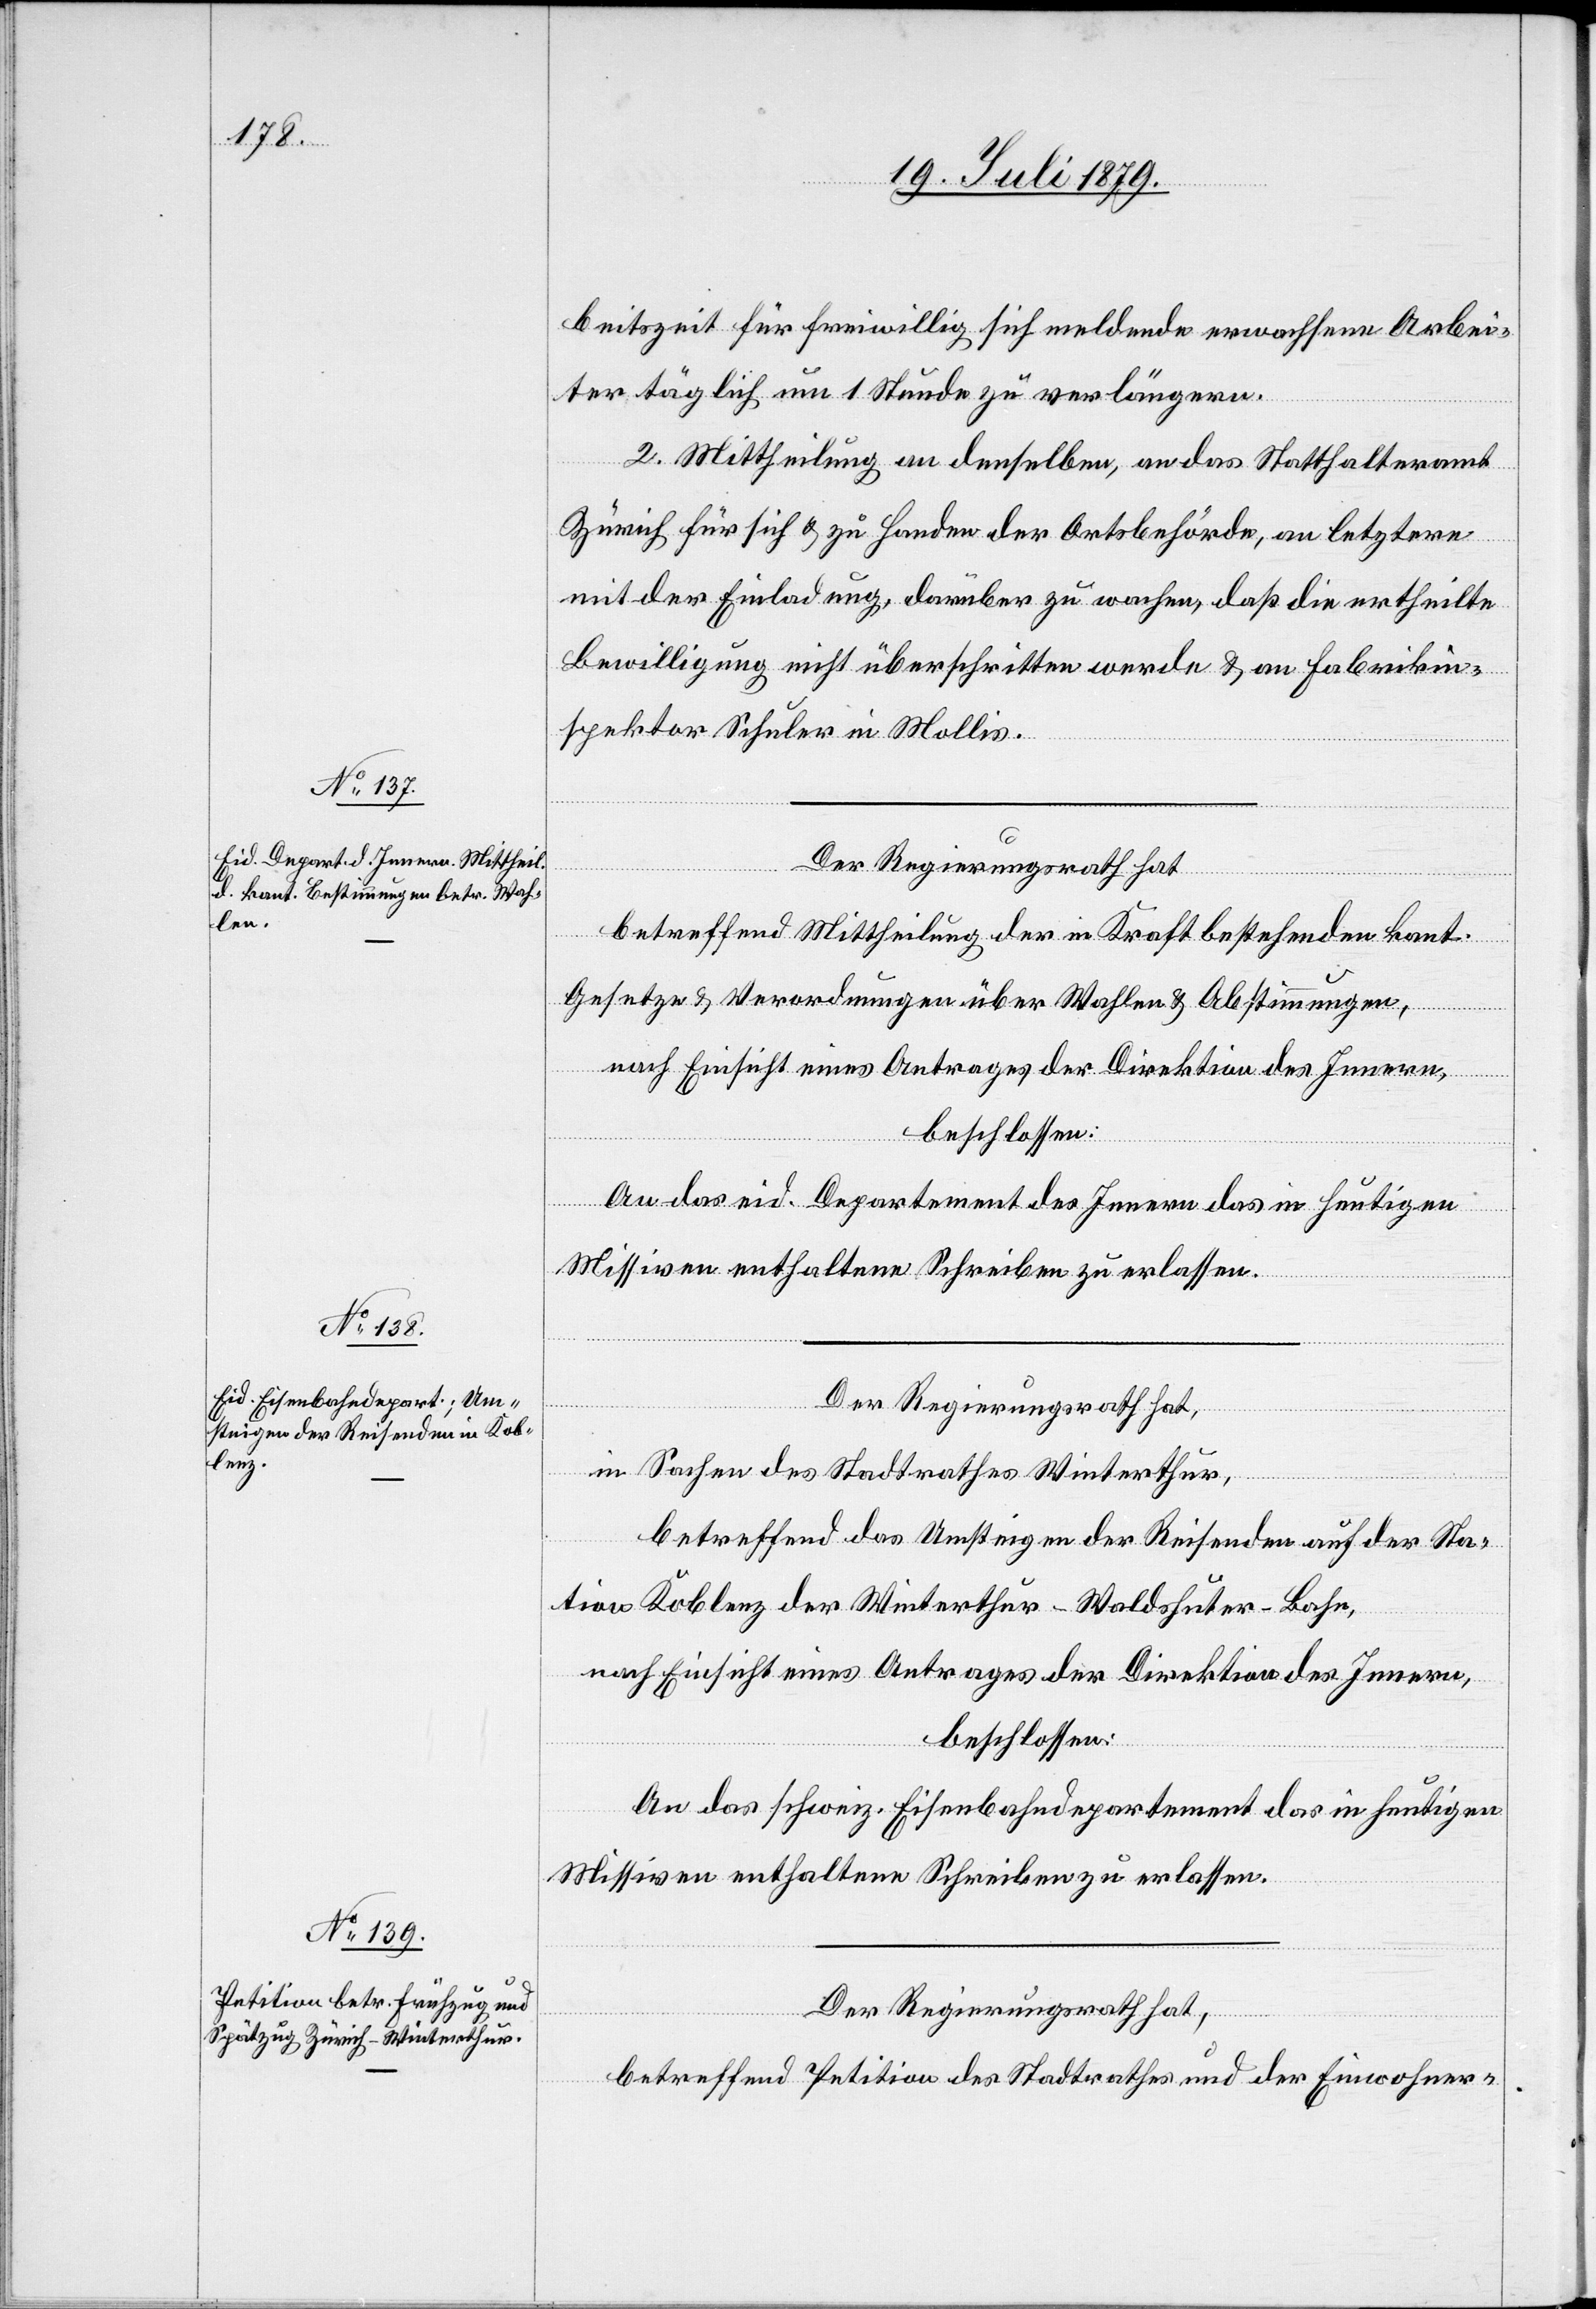
beitszeit für freiwillig sich meldende erwachsene Arbei¬
ter täglich um 1 Stunde zu verlängern.
2. Mittheilung an denselben, an das Statthalteramt
Zürich für sich & zu Handen der Ortsbehörde, an letztere
mit der Einladung, darüber zu wachen, daß die ertheilte
Bewilligung nicht überschritten werde & an Fabrikin¬
spektor Schuler in Mollis.
Der Regierungsrath hat[,]
betreffend Mittheilung der in Kraft bestehenden kant.
Gesetze & Verordnungen über Wahlen & Abstimmungen,
nach Einsicht eines Antrages der Direktion des Innern,
beschlossen:
An das eid. Departement des Innern das in heutigen
Missiven enthaltene Schreiben zu erlassen.
Der Regierungsrath hat,
in Sachen des Stadtrathes Winterthur,
betreffend das Umsteigen der Reisenden auf der Sta¬
tion Koblenz der Winterthur–Waldshuter-Bahn,
nach Einsicht eines Antrages der Direktion des Innern,
beschlossen:
An das schweiz. Eisenbahndepartement das in heutigen
Missiven enthaltene Schreiben zu erlassen.
Der Regierungsrath hat,
betreffend Petition des Stadtrathes und der Einwohner-